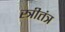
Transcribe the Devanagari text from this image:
स्त्रीतंत्र